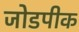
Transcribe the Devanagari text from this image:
जोडपीक